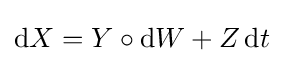
\mathrm {d} X=Y\circ \mathrm {d} W+Z\,\mathrm {d} t